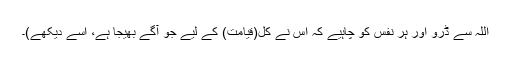
اللہ سے ڈرو اور ہر نفس کو چاہیے کہ اس نے کل(قیامت) کے لیے جو آگے بھیجا ہے، اسے دیکھے)۔